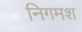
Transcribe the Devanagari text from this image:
निगमश